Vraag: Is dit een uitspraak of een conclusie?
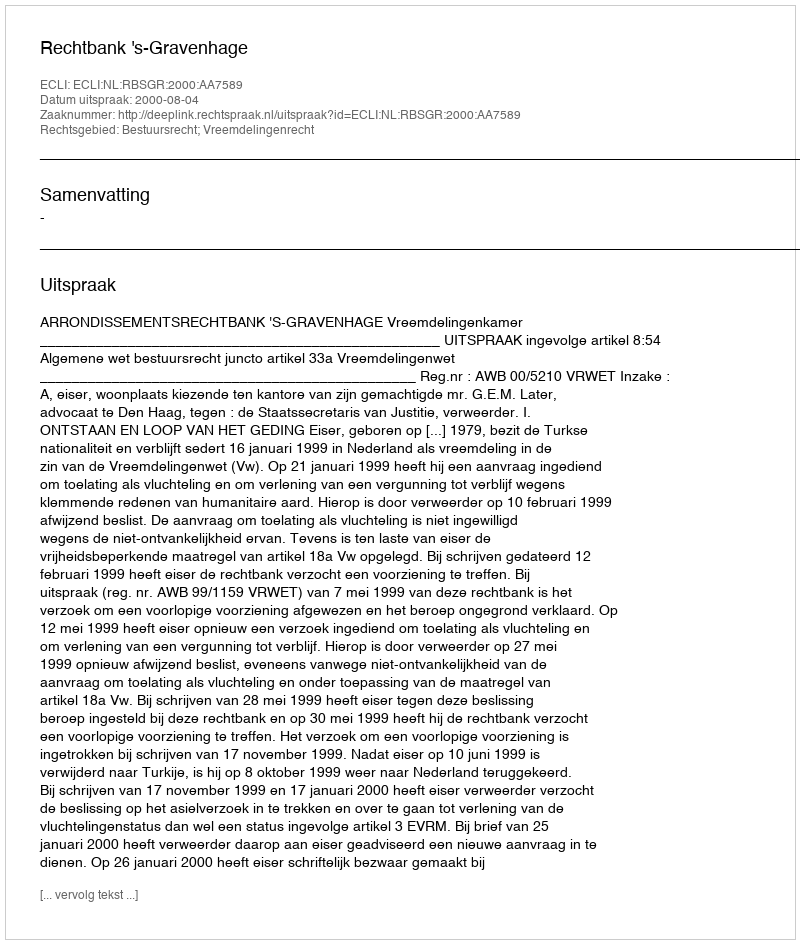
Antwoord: Uitspraak